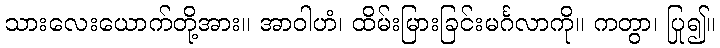
သားလေးယောက်တို့အား။ အာဝါဟံ၊ ထိမ်းမြားခြင်းမင်္ဂလာကို။ ကတွာ၊ ပြု၍။